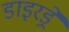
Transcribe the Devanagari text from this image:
डाइरड्रे